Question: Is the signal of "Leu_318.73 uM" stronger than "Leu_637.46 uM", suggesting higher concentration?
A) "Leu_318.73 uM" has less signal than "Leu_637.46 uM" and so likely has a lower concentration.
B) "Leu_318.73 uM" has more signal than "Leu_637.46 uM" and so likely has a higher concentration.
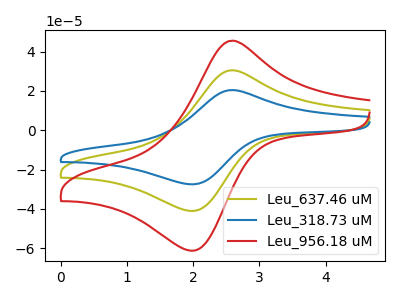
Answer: <think>The olive curve "Leu_637.46 uM" has an anodic peak at (2.60V, 30.45uA) and a cathodic peak at (2.00V, -40.95uA). The blue curve "Leu_318.73 uM" has an anodic peak at (2.60V, 20.40uA) and a cathodic peak at (2.00V, -27.40uA). The red curve "Leu_956.18 uM" has an anodic peak at (2.60V, 60.95uA) and a cathodic peak at (2.00V, -81.85uA).
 All the peaks in "Leu_318.73 uM" have a peak in "Leu_637.46 uM" at the same potential. Every peak in "Leu_318.73 uM" is lower than every peak in "Leu_637.46 uM".</think>
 <answer>A) "Leu_318.73 uM" has less signal than "Leu_637.46 uM" and so likely has a lower concentration.</answer>
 <eval>A</eval>